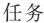
任务